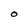
Character: O